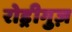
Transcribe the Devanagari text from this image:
रोड्रीगुज़